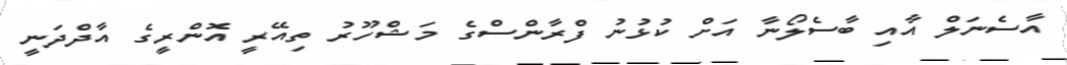
އާސެނަލް އާއި ބާސެލޯނާ އަށް ކުޅުނު ފްރާންސްގެ މަޝްހޫރު ތިއޭރީ އޮންރީގެ އާދްދަނީ